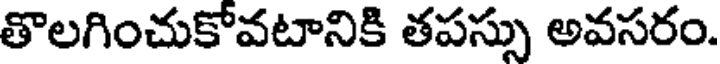
తొలగించుకోవటానికి తపస్సు అవసరం.